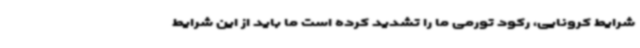
شرایط کرونایی، رکود تورمی ما را تشدید کرده است ما باید از این شرایط